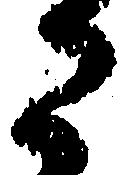
た